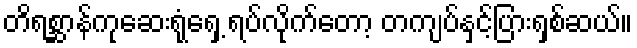
တိရစ္ဆာန်ကုဆေးရုံရှေ့ ရပ်လိုက်တော့ တကျပ်နှင့်ပြားရှစ်ဆယ်။